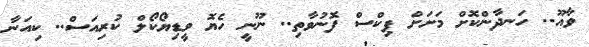
ވާއޫ.. ހަނދާންކޮށް މަށަށް ޕިކްސް ފޮނުވާތި.. ނޫނީ ހެޔޮ ވީޑިޔޯކޯލް ކުރިއަސް.. ކިއަނާ